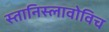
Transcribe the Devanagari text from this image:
स्तानिस्लावोविच